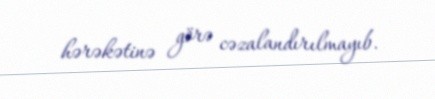
hərəkətinə görə cəzalandırılmayıb.